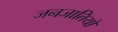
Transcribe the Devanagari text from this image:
जनजातियो